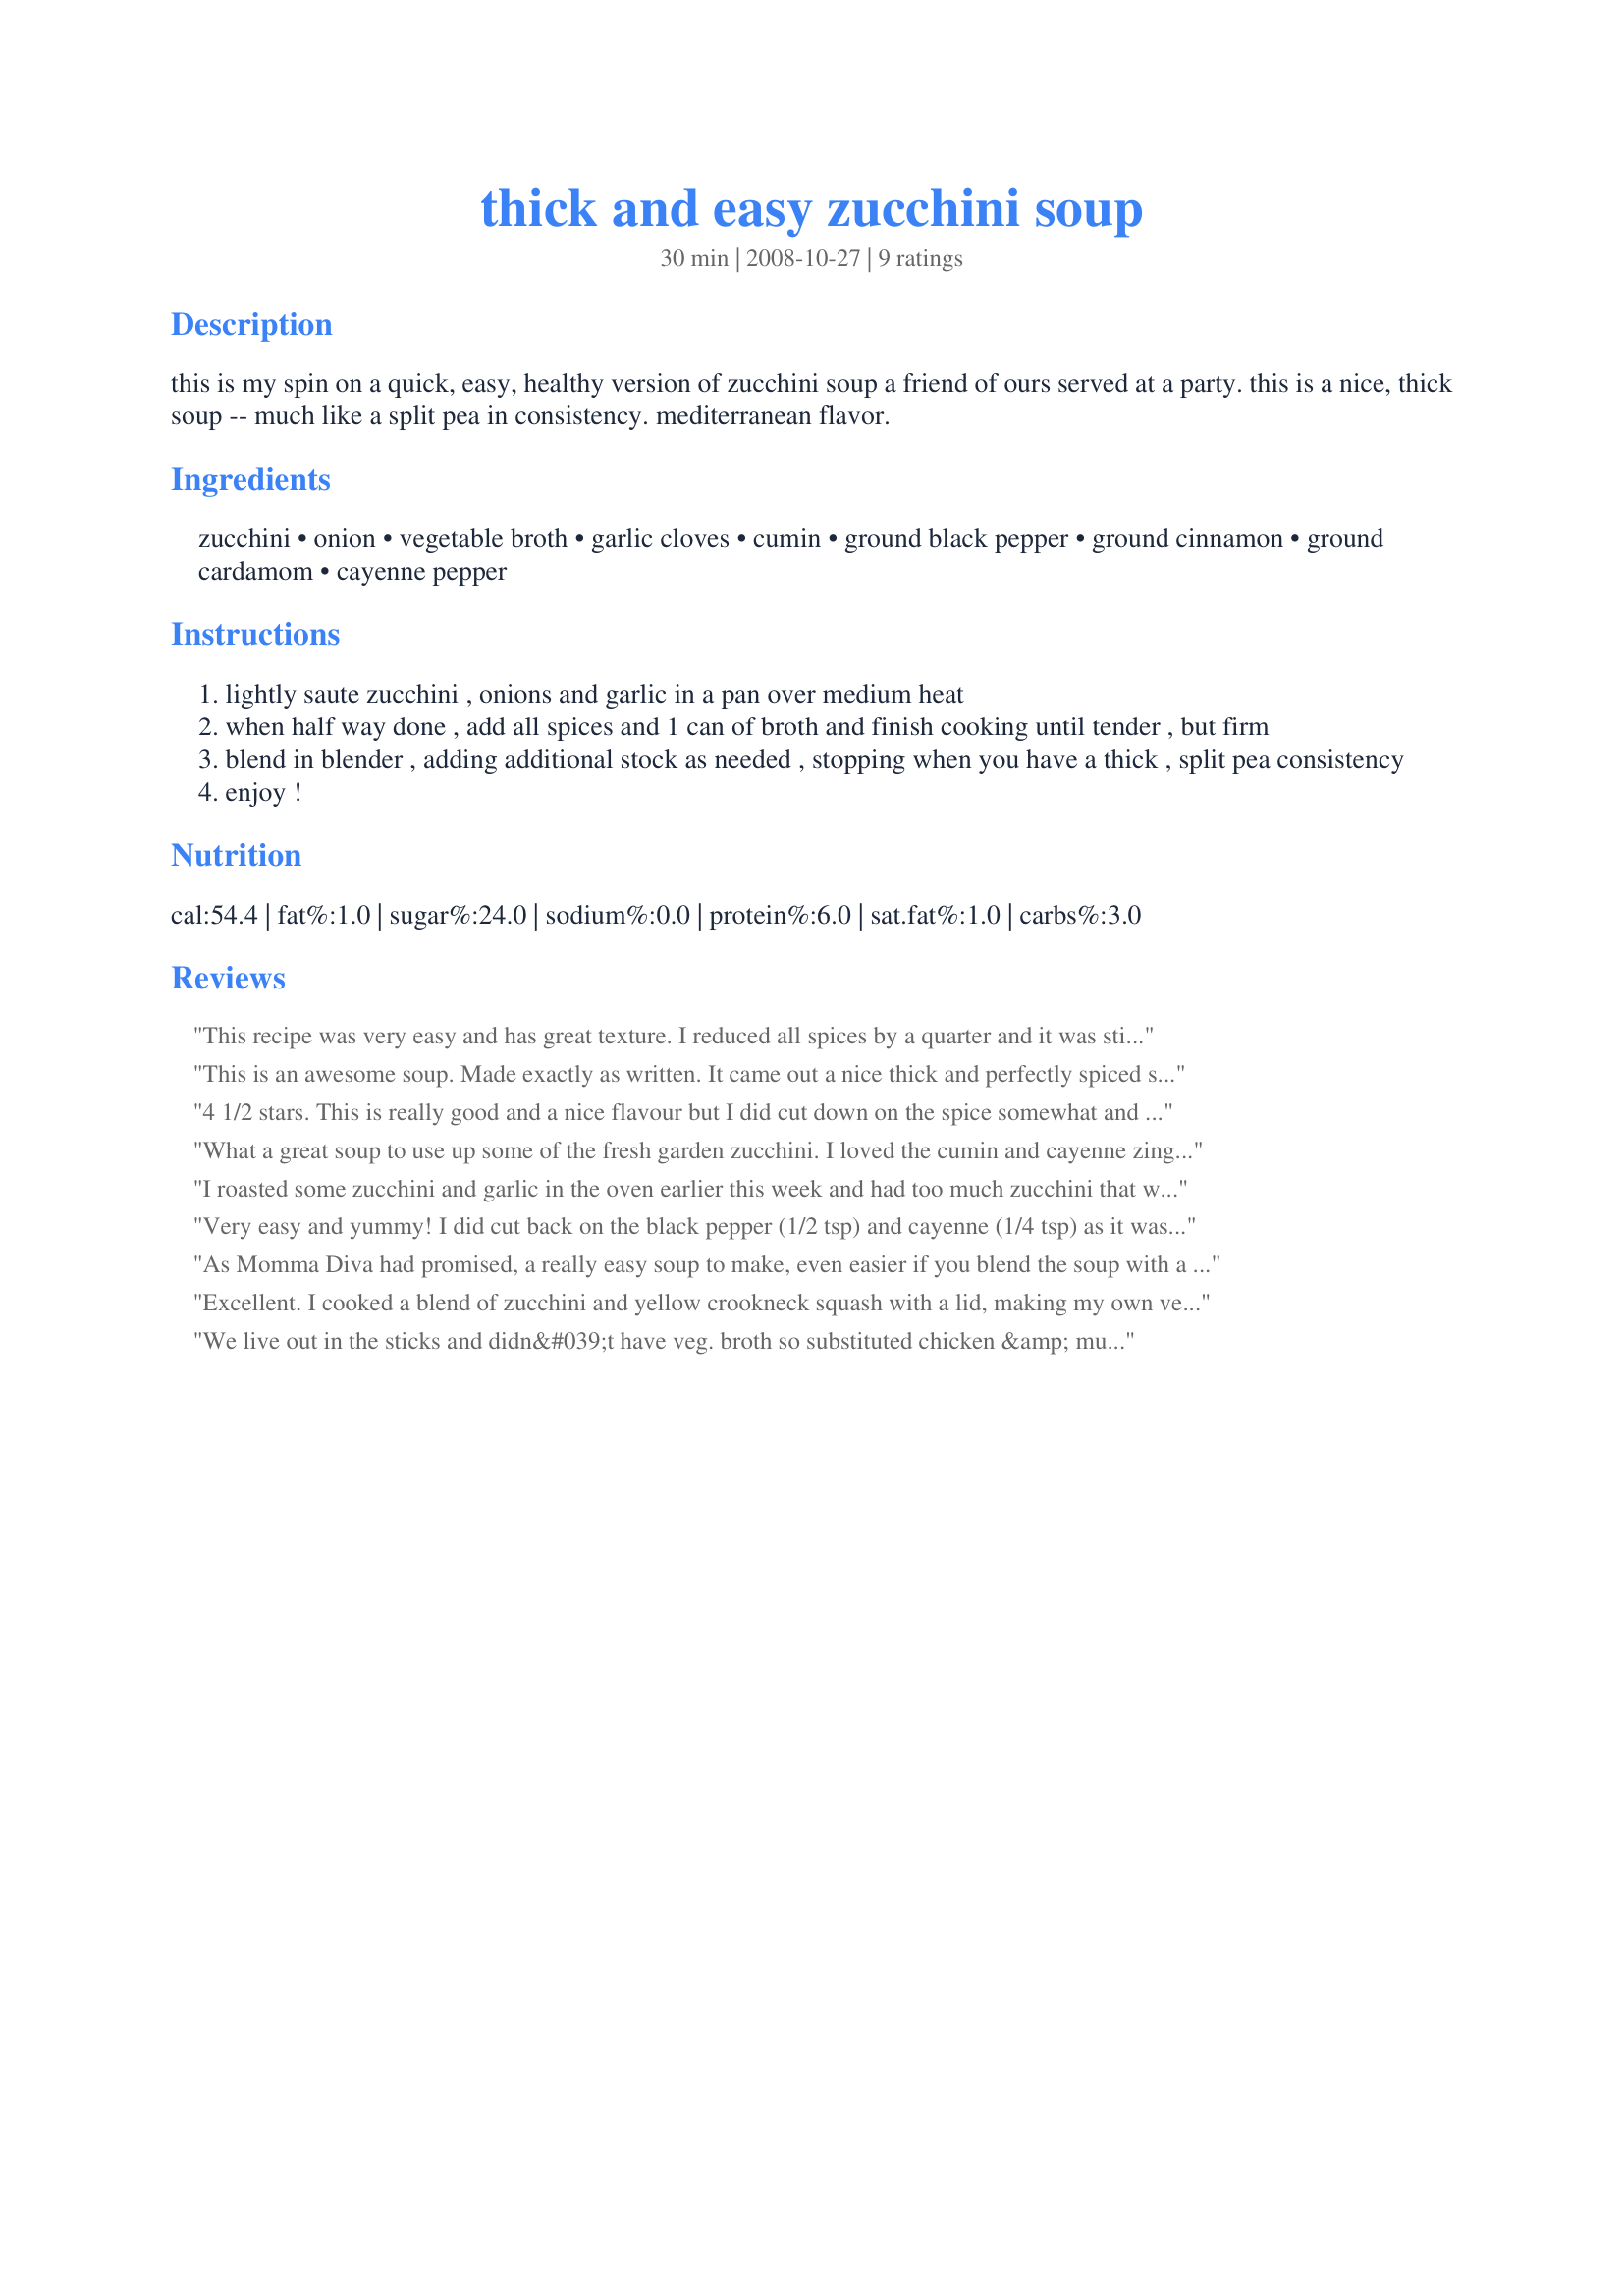
thick and easy zucchini soup
Preparation time: 30 minutes

this is my spin on a quick, easy, healthy version of zucchini soup a friend of ours served at a party. this is a nice, thick soup -- much like a split pea in consistency. mediterranean flavor.

Ingredients:
zucchini, onion, vegetable broth, garlic cloves, cumin, ground black pepper, ground cinnamon, ground cardamom, cayenne pepper

Steps:
lightly saute zucchini , onions and garlic in a pan over medium heat
when half way done , add all spices and 1 can of broth and finish cooking until tender , but firm
blend in blender , adding additional stock as needed , stopping when you have a thick , split pea consistency
enjoy !

Reviews:
This recipe was very easy and has great texture. I reduced all spices by a quarter and it was still too spicey for me (and I like spices usually). Next time I would use less then half the requested species.
This is an awesome soup. Made exactly as written. It came out a nice thick and perfectly spiced soup. Very easy and fun to make. This is a wonderful soup for a chilly evening. I liked that the spices give it a kick and linger on your tongue way after your done eating. Heats you up from the inside ;) I will definitely make this again. THANK YOU FOR SHARING! Your spin on your friends soup is marvelous. (Made for My 3 Chefs 08) ~V
4 1/2 stars. This is really good and a nice flavour but I did cut down on the spice somewhat and DH found it still a bit spicy for his taste. I used Recipe #257499 as it is basically the same spices and I already had it made. I replaced the vegetable broth with homemade chicken broth as I had it on hand, which worked fine. Made for ZWT6 NA*ME region, for my team, The Ya Ya Cookerhood.
What a great soup to use up some of the fresh garden zucchini. I loved the cumin and cayenne zing, but I did cut back on all the spices and fixed to suit my taste buds. I also used fat free chicken broth (lemon/herb flavored). I will be making this again. Thanks so much for sharing.
I roasted some zucchini and garlic in the oven earlier this week and had too much zucchini that was too soft in the fridge. I reheated it and added the garlic and zucchini in a blender (no onions left, unfortunately). I used the juice that came out of the roasted zukes instead of broth and it came out pretty nicely. I love the spices, personally- very middle-eastern! I can't wait to eat it for lunch tomorrow. =) Great recipe! After I modified it, it literally took fifteen minutes to make!! Can't beat that!!
Very easy and yummy! I did cut back on the black pepper (1/2 tsp) and cayenne (1/4 tsp) as it was a little too spicy for our taste but otherwise it was wonderful.
As Momma Diva had promised, a really easy soup to make, even easier if you blend the soup with a stick blender, and a seriously delicious one. :) I made this using my Recipe #135453. I varied it only in adding 2 leeks (just love the subtle blend of flavours of onion, garlic and leek together) and omitting the cayenne pepper (personal taste preference). Loved the blend of the cumin, black pepper, cinnamon and cardamom with these vegetables. Very different from other zucchini soups I've made, and a recipe I'll certainly be making again and again. Thanks so much for sharing this recipe. Made for Ali Baba's Babes for ZWT 5.
Excellent. I cooked a blend of zucchini and yellow crookneck squash with a lid, making my own vegetable stock. I did add a little more liquid and some bullion. We stirred some Greek yogurt in the bowls as garnish.
We live out in the sticks and didn&#039;t have veg. broth so substituted chicken &amp; mushroom soup using 1/2 can of water. Turned out super. Spicy flavor really livened up our meal. As we have a bunch of zucchini from garden this year, we are trying many recipes. This is a keeper!
